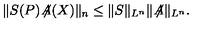
\| S ( P ) \! \not \! \! A ( X ) \| _ { n } \le \| S \| _ { L ^ { n } } \| \! \not \! \! A \| _ { L ^ { n } } .